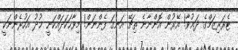
ޓެރަރިޒަމްގެ ދަޢުވާ! އޭރުން އޮންނާނެ ތިޗޭ އަނގަ ފެންނަން! މިވާހަކަދައްކަނީ ޚުދު އަހުރެންނަކީ